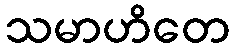
သမာဟိတေ